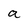
Character: a